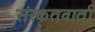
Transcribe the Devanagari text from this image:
संस्कृतवार्ता